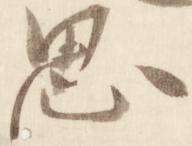
思